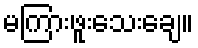
မကြားဖူးသေးချေ။